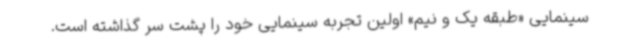
سینمایی «طبقه یک و نیم» اولین تجربه سینمایی خود را پشت سر گذاشته است.